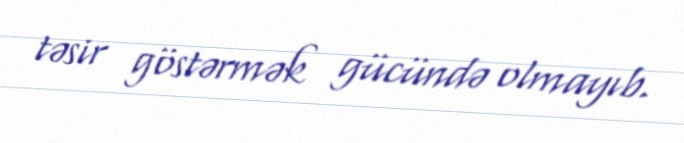
təsir göstərmək gücündə olmayıb.